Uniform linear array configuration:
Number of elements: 24
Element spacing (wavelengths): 0.25
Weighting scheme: blackman
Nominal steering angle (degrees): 15
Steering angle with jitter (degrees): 13.373
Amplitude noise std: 0.05
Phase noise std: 0.05

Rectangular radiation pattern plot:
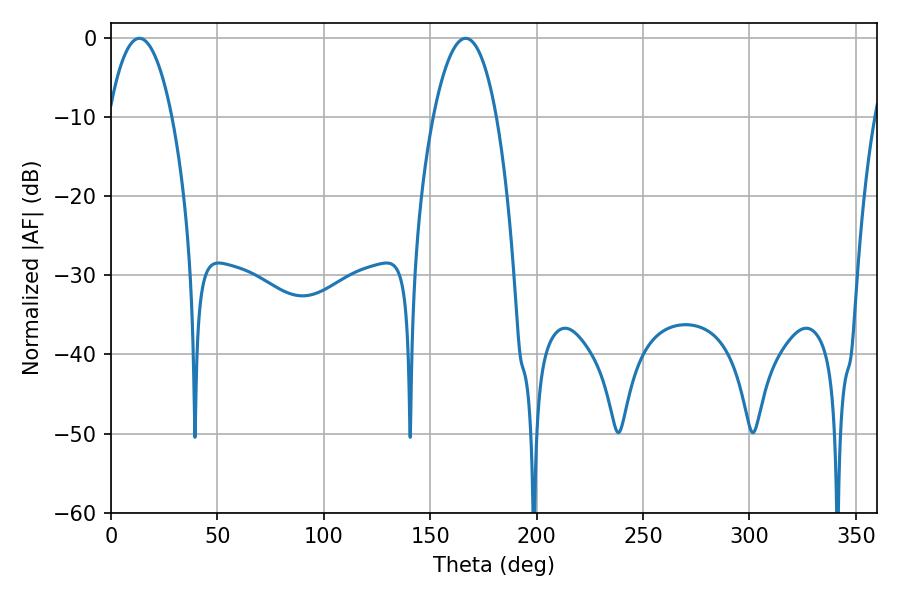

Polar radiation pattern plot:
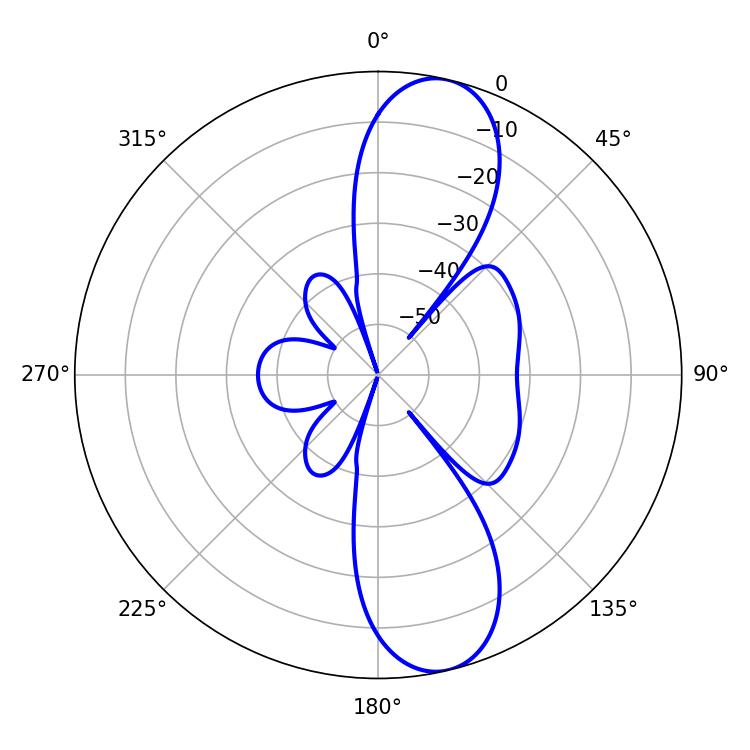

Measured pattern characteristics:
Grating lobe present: FALSE
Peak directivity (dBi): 11.419
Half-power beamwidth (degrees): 16.56
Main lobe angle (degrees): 13.32